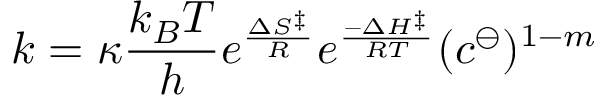
k = \kappa { \frac { k _ { B } T } { h } } e ^ { \frac { \Delta S ^ { \ddagger } } { R } } e ^ { \frac { - \Delta H ^ { \ddagger } } { R T } } ( c ^ { \ominus } ) ^ { 1 - m }